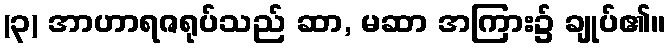
(၃) အာဟာရဇရုပ်သည် ဆာ, မဆာ အကြား၌ ချုပ်၏။